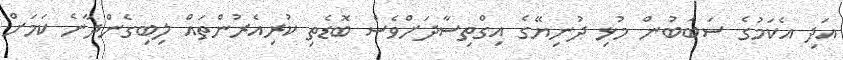
އަދި އެކަމުގެ ސަބަބުން މުޅި ދުނިޔޭގެ އިގްތިސާދަށްވެސް ބޮޑެތި ކުރިއެރުންތައް ލިބިގެންދާނެ ކަމަށް